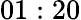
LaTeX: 01:20